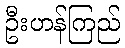
ဦးဟန်ကြည်